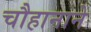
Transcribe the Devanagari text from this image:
चौहानाने